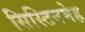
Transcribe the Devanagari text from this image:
सिस्टिनमेह